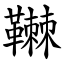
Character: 䪂